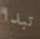
تبدا